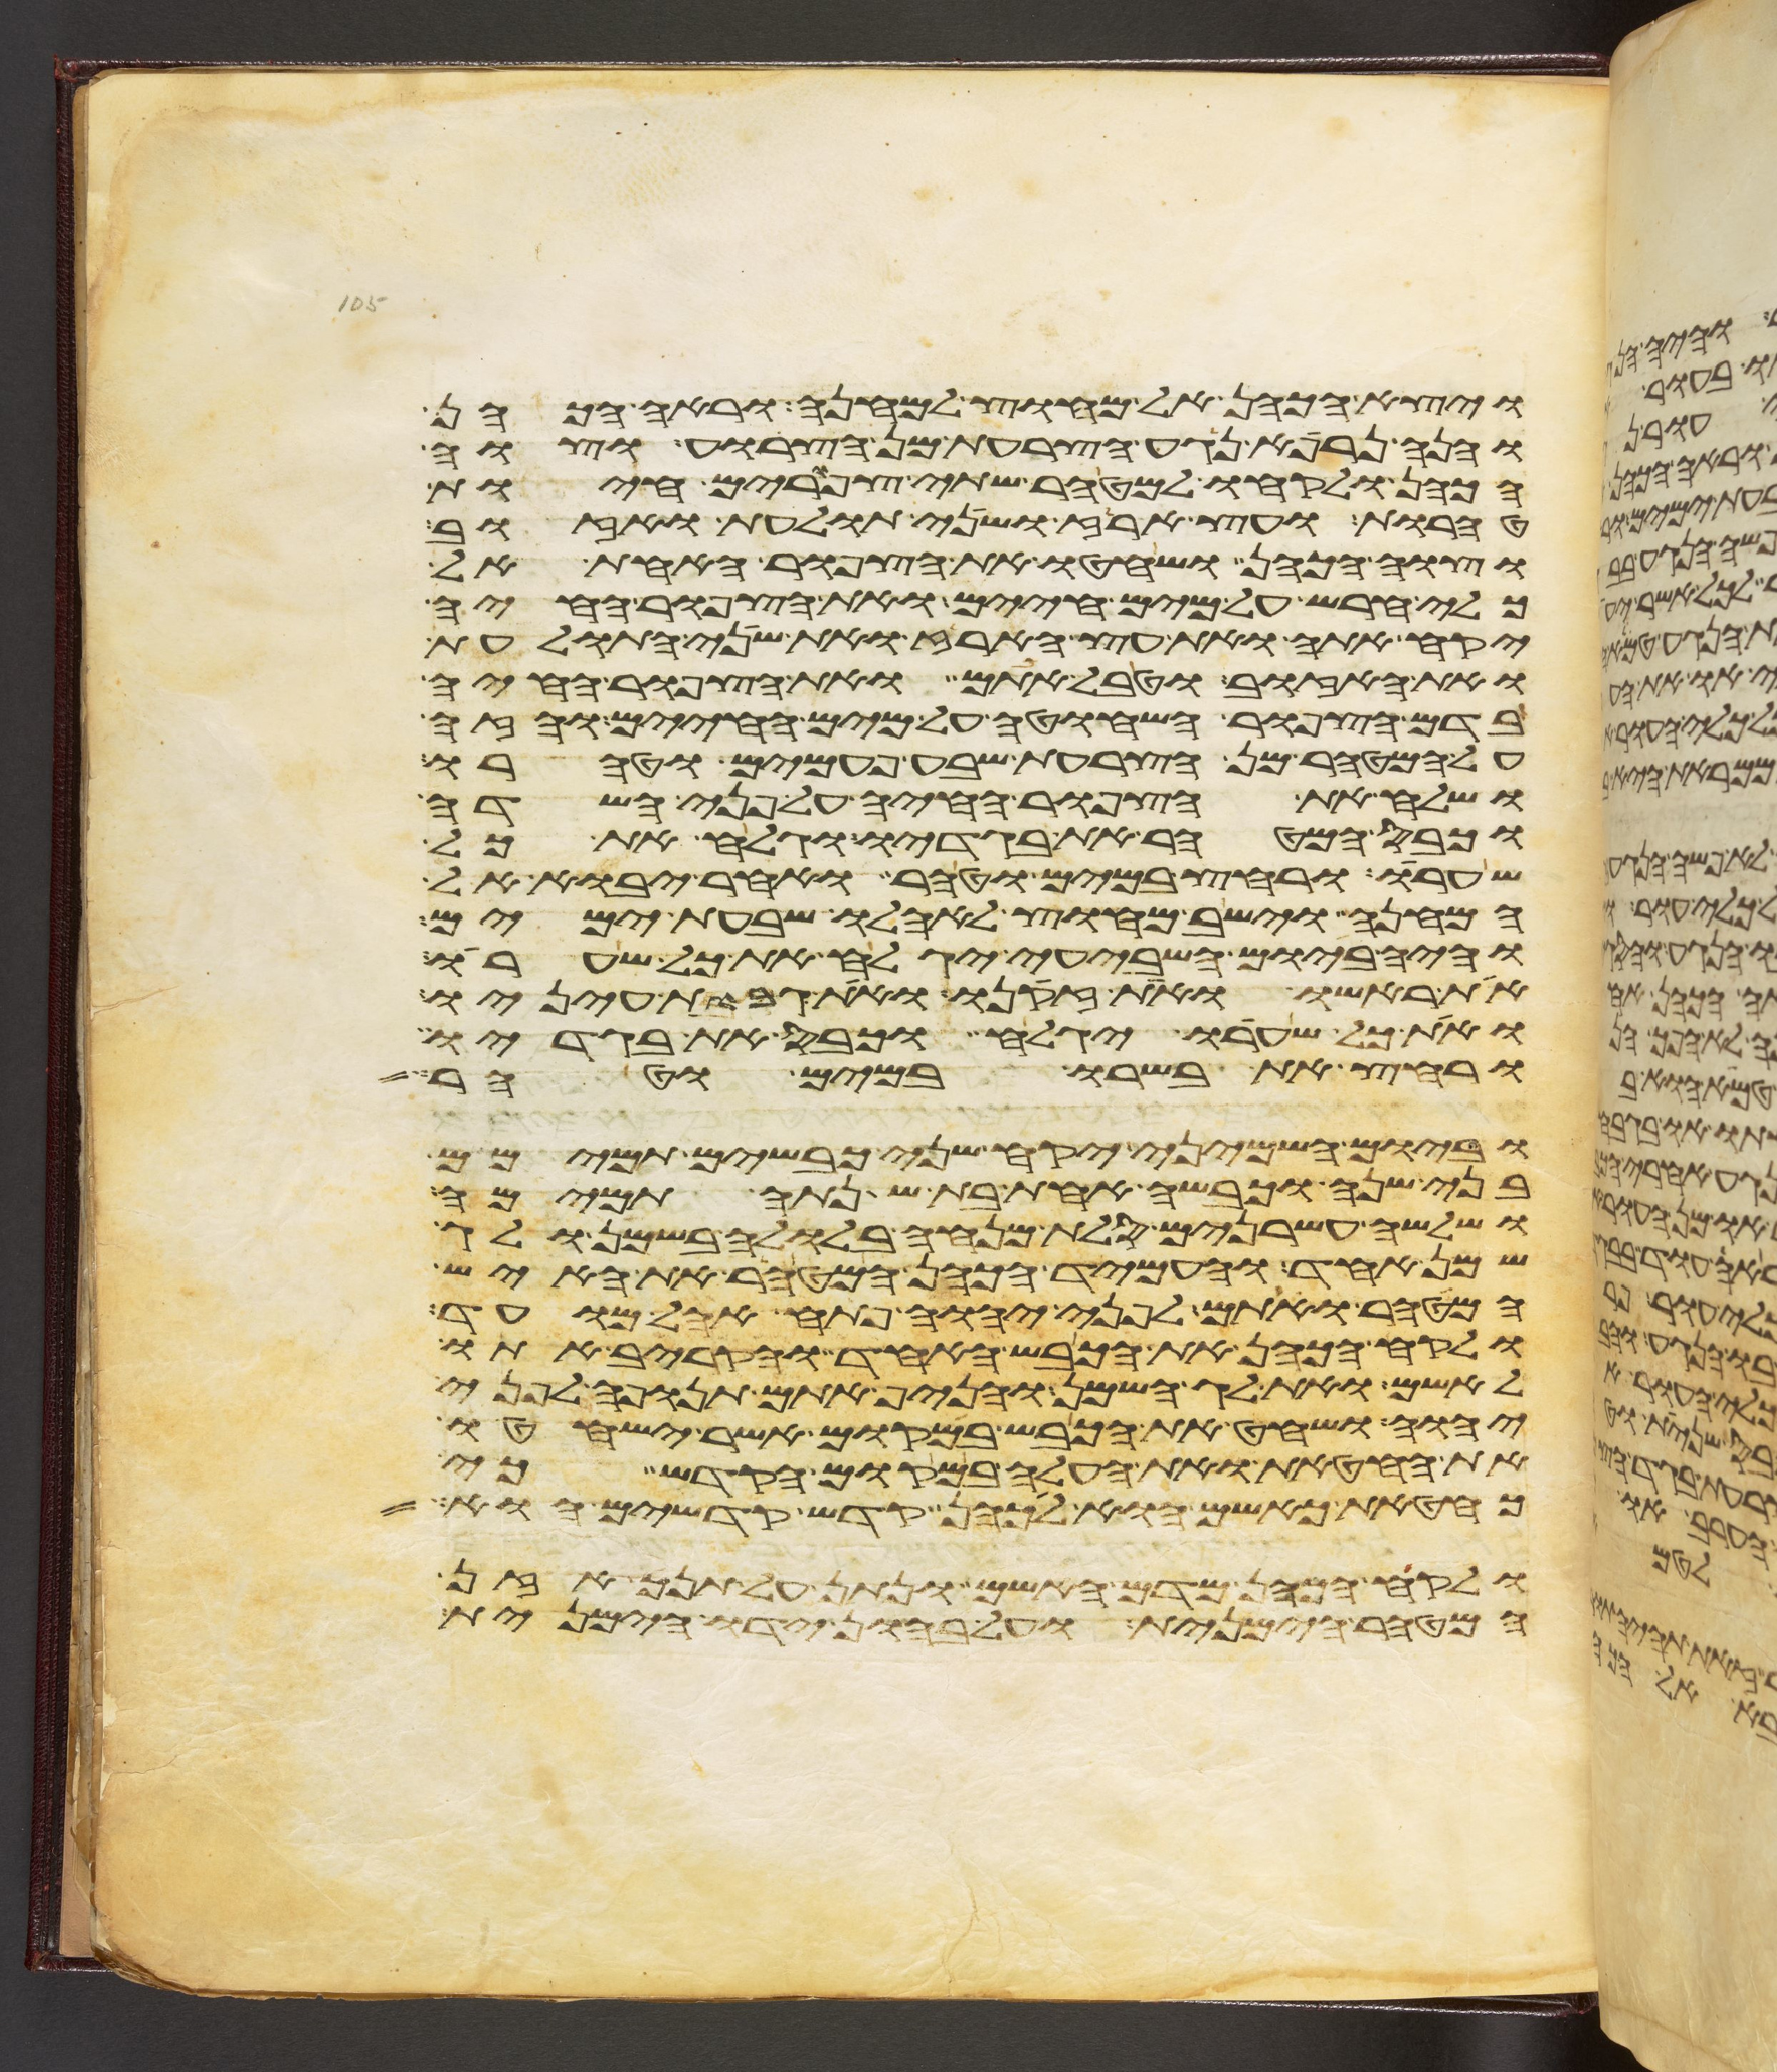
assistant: ויצא הכהן אל מחוץ למחנה וראה הכהן
והנה נרפא נגע הצרעת מן הצרוע וצוה
הכהן ולקחו למטהר שתי צפורים חיות
טהרות ועץ ארז ושני תולעת ואזוב
וצוה הכהן ושחטו את הצפור האחת אל
כלי חרש על מים חיים ואת הצפור החיה
יקח אתה ואת עץ הארז ואת שני התולעת
ואת האזוב וטבל אתם ואת הצפור החיה
בדם הצפור השחוטה על מים החיים והזה
על המטהר מן הצרעת שבע פעמים וטהרו
ושלח את הצפור החיה על פני השדה
וכבס המטהר את בגדיו וגלח את כל
שערו ורחץ במים וטהר ואחר יבוא אל
המחנה וישב מחוץ לאהלו שבעת ימים
והיה ביום השביעי יגלח את כל שערו
את ראשו ואת זקנו ואת גבות עיניו
ואת כל שערו יגלח וכבס את בגדיו
ורחץ את בשרו במים וטהר
וביום השמיני יקח שני כבשים תמימם
בני שנה וכבשה אחת בת שנתה תמימה
ושלשה עשרנים סלת מנחה בלולה בשמן ולג
שמן אחד והעמיד הכהן המטהר את האיש
המטהר ואתם לפני יהוה פתח אהל מועד
ולקח הכהן את הכבש האחד והקריב אתו
לאשם ואת לג השמן והניף אתם תנופה לפני
יהוה ושחט את הכבש במקום אשר ישחטו
את החטאת ואת העלה במקום הקדש כי
כחטאת כאשם הוא לכהן קדש קדשים הוא
ולקח הכהן מדם האשם ונתן על תנך אזן
המטהר הימנית ועל בהון ידו הימנית